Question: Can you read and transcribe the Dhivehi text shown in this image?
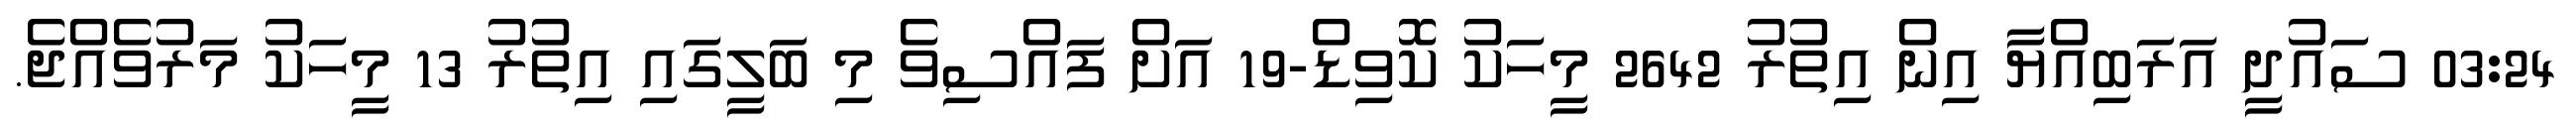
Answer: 03:24 ސައުދީ އަރަބިއްޔާ އިން އިތުރު 2642 މީހަކު ކޮވިޑް-19 އަށް ފައްސިވެ މި ބަލީގައި އިތުރު 13 މީހަކު މަރުވެއްޖެ.